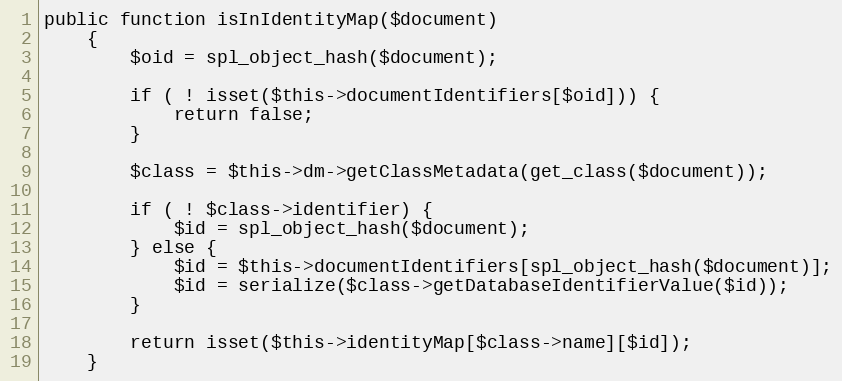
Language: PHP
public function isInIdentityMap($document)
    {
        $oid = spl_object_hash($document);

        if ( ! isset($this->documentIdentifiers[$oid])) {
            return false;
        }

        $class = $this->dm->getClassMetadata(get_class($document));

        if ( ! $class->identifier) {
            $id = spl_object_hash($document);
        } else {
            $id = $this->documentIdentifiers[spl_object_hash($document)];
            $id = serialize($class->getDatabaseIdentifierValue($id));
        }

        return isset($this->identityMap[$class->name][$id]);
    }